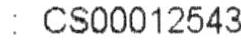
: CS00012543